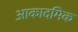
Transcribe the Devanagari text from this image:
आकादमिक